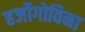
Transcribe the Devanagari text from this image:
हर्जोगोविना